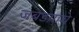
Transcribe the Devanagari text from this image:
जबडय़ाचे